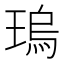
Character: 瑦